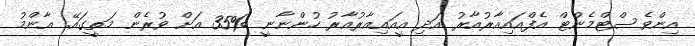
އިންވެސްޓްމެންޓް އެފްއައިއާރުއާރު އަދި އީއައިއާރުއާރު ހުންނާނީ %35 އަށް ވުރެން މަތީގައޭ. އާންމު